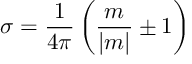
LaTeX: \sigma = \frac 1 { 4 \pi } \left( \frac m { | m | } \pm 1 \right)